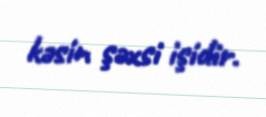
kəsin şəxsi işidir.